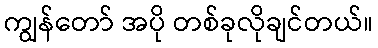
ကျွန်တော် အပို တစ်ခုလိုချင်တယ်။